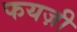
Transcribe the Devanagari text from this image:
फयज़ी